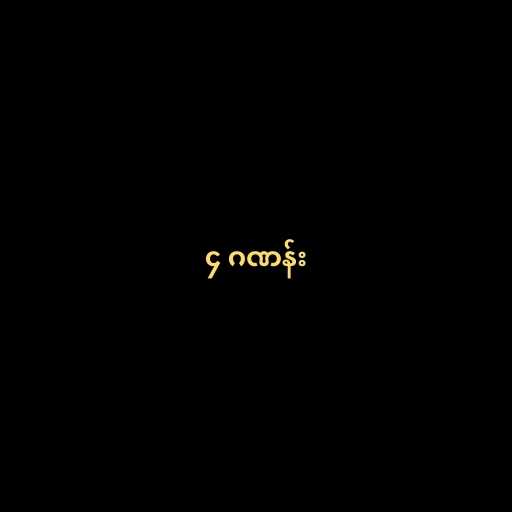
၄ ဂဏန်း